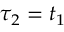
\tau _ { 2 } = t _ { 1 }